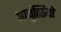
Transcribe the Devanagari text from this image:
आनुंत्सियो